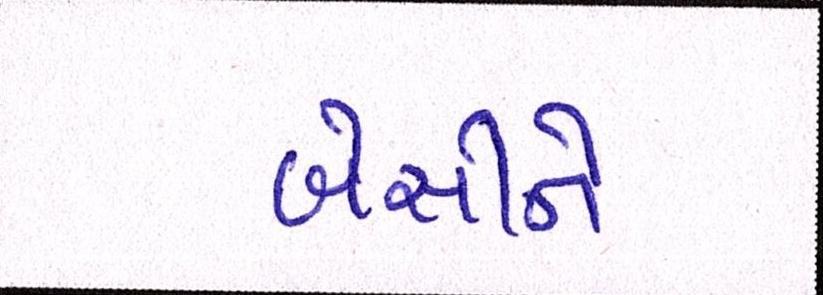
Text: બેસીને